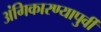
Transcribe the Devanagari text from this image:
अंगिकारण्यापुर्वी